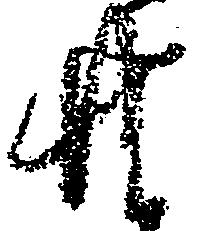
共